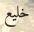
خليع